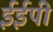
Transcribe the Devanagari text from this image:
ईईपी